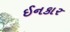
ઈનકાર